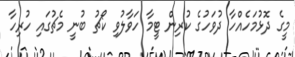
މީގެ ދޮޅުމަހެއްހާ ދުވަހުގެ ކުރިން ޓީމާ ހަވާލުވި ކޯޗު ބުނީ މެޗުގައި ހުރިހާ